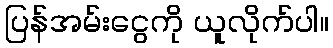
ပြန်အမ်းငွေကို ယူလိုက်ပါ။